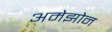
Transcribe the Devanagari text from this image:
अमेझोन